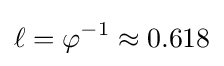
\ell =\varphi ^{-1}\approx 0.618